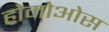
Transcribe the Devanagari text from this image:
होमोओस